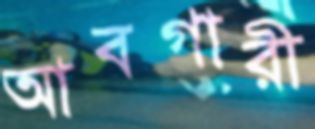
আবগারী